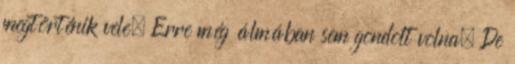
megtörténik vele. Erre még álmában sem gondolt volna. De